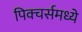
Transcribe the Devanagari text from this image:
पिक्चर्समध्ये